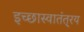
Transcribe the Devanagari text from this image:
इच्छास्वातंत््रय